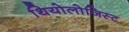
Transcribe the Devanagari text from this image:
थियोलोजिस्ट